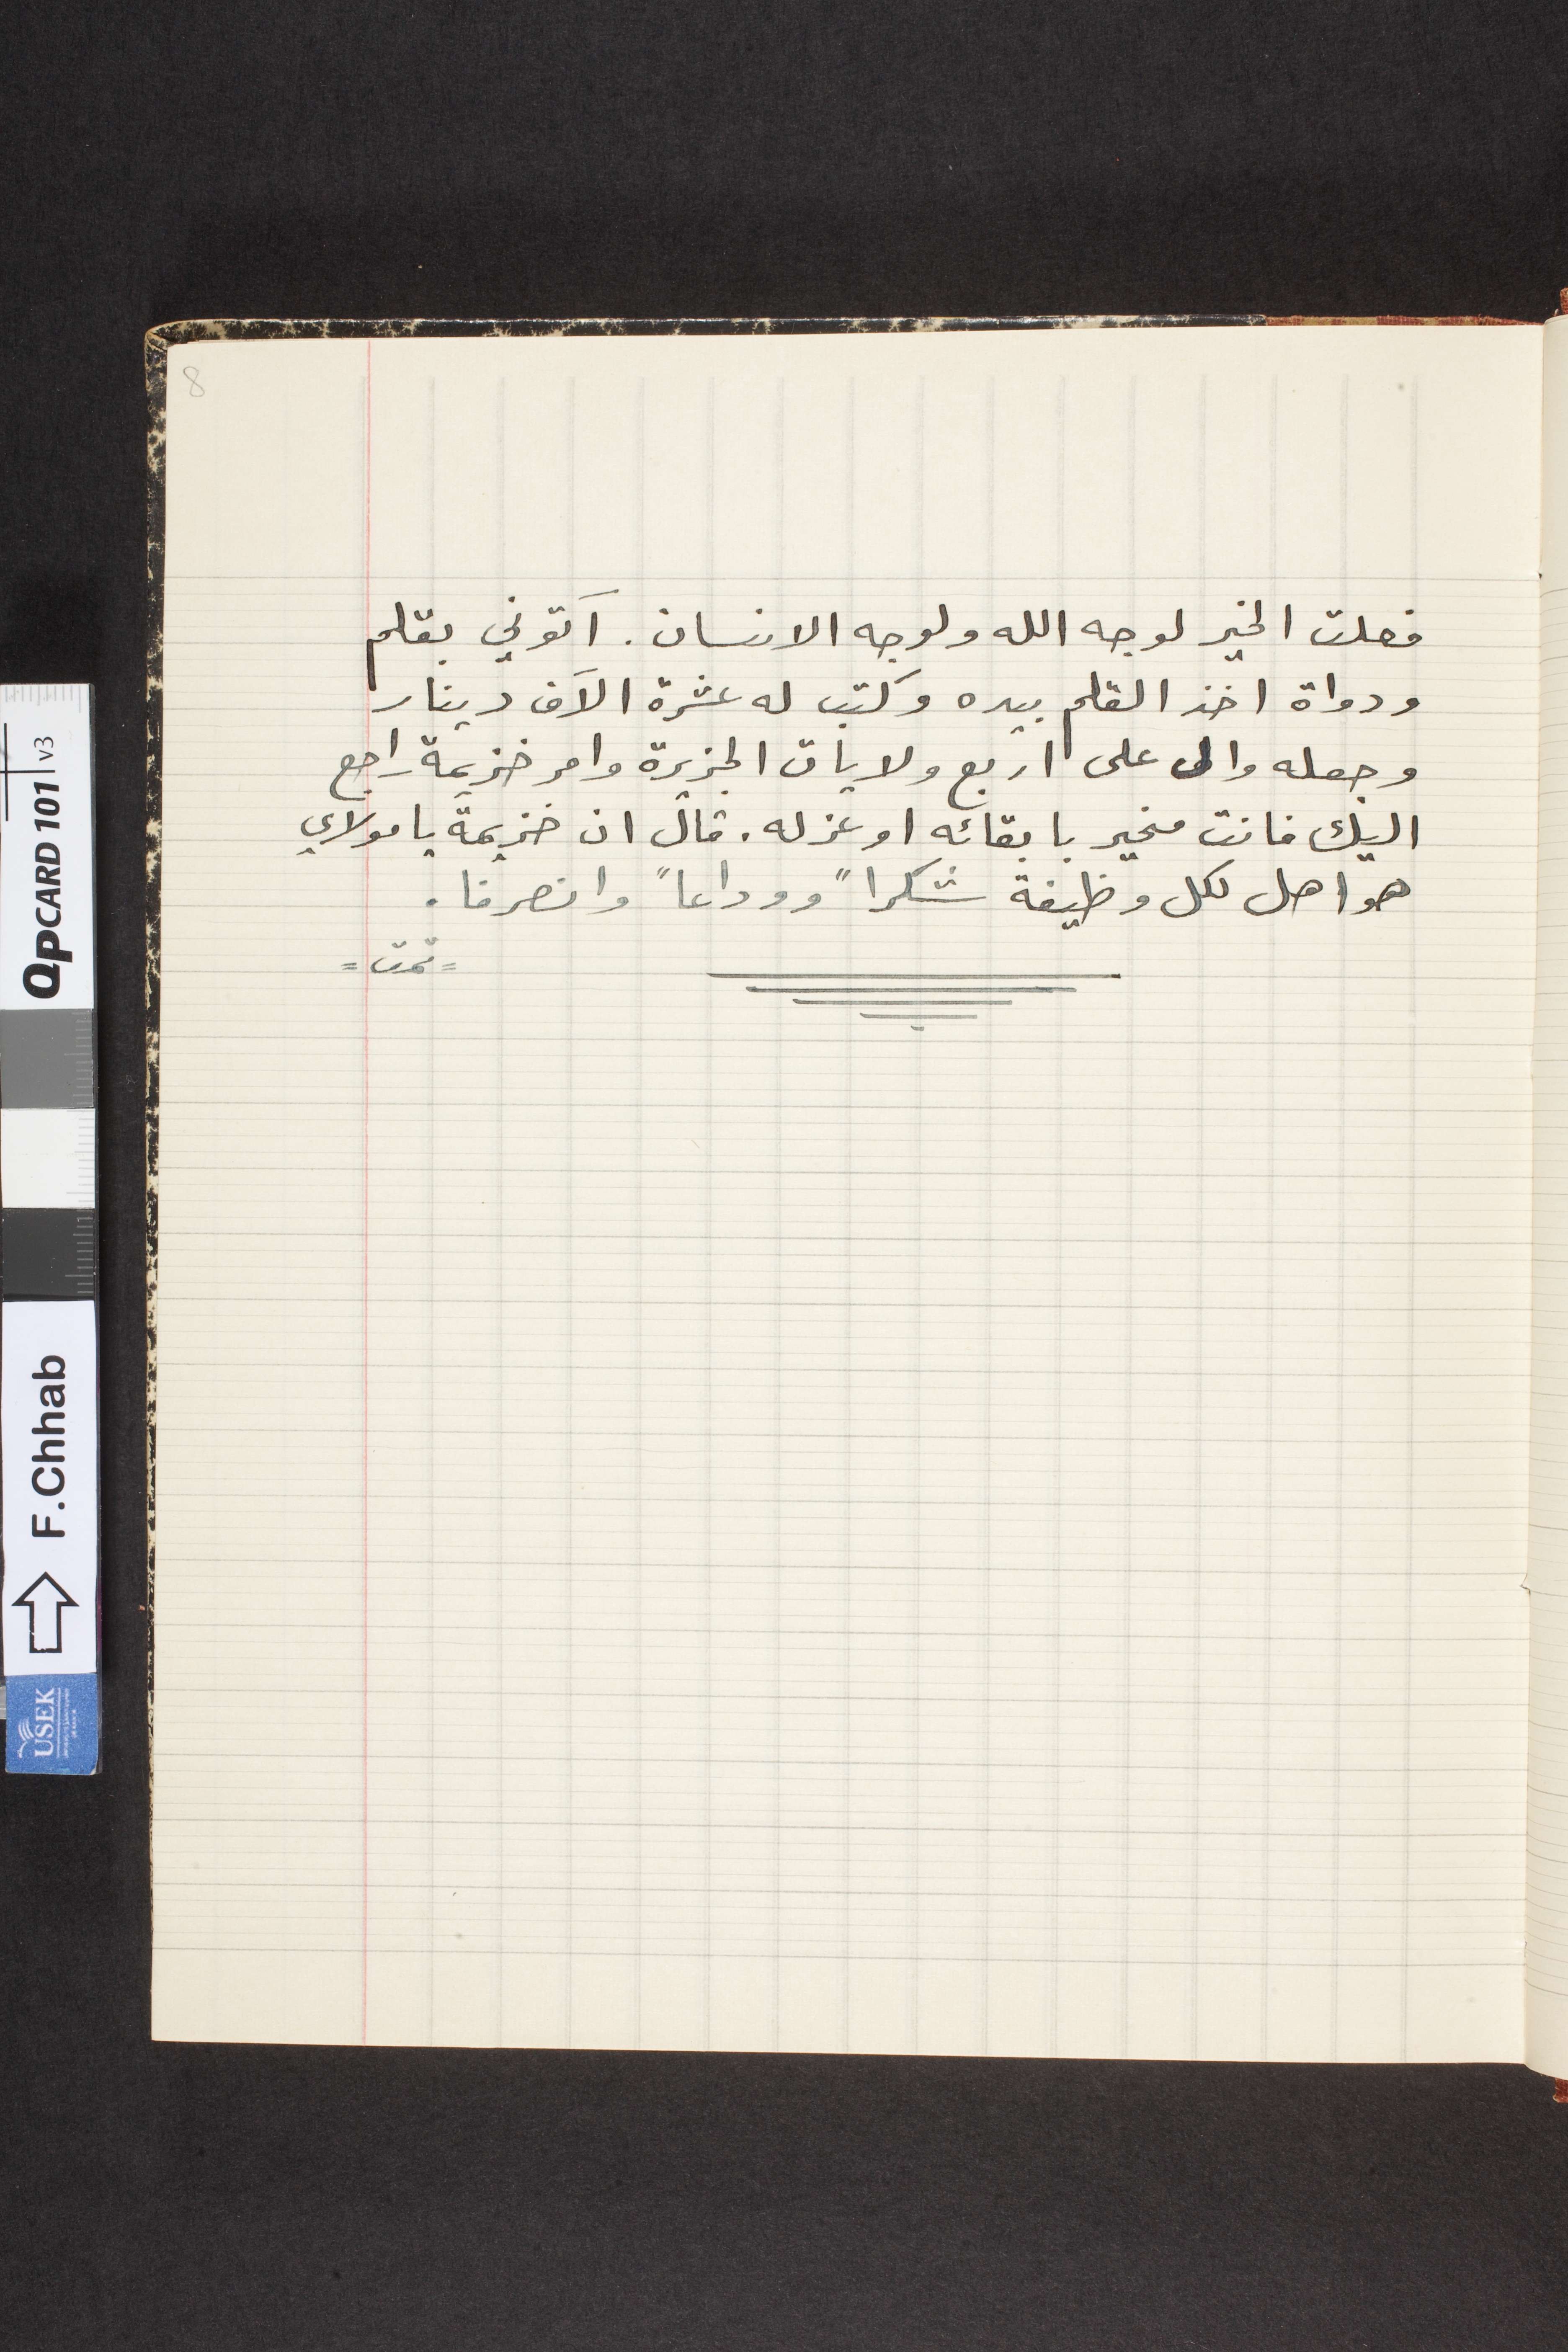
فعلت الخير لوجه الله ولوجه الانسان. آتوني بقلم
ودواة اخذ القلم بيده وكتب له عشرة الاَف دينار
وجعله والى على اربع ولايات الجزيرة وامر خزيمة راجع
اليك فانت مخير بابقائه او عزله. قال ان خزيمة يا مولاي

هو اهل لكل وظيفة شكراً ووداعاً وانصرفا
- تمت -